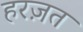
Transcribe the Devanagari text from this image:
हरज़त